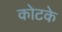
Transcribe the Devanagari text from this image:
कोटके